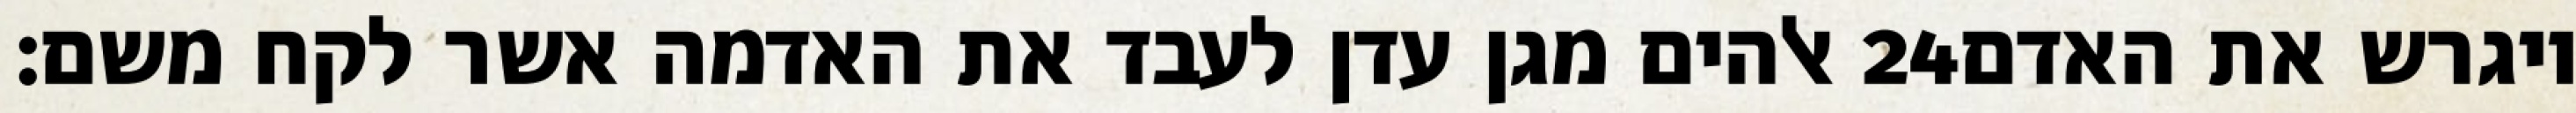
אלהים מגן עדן לעבד את האדמה אשר לקח משם׃ ‎24‏ ויגרש את האדם